Vital statistics of India. Vol. IV, Annual returns from 1871 to 1876. British Army of India, Native Army and jails of Bengal
Year: 1871
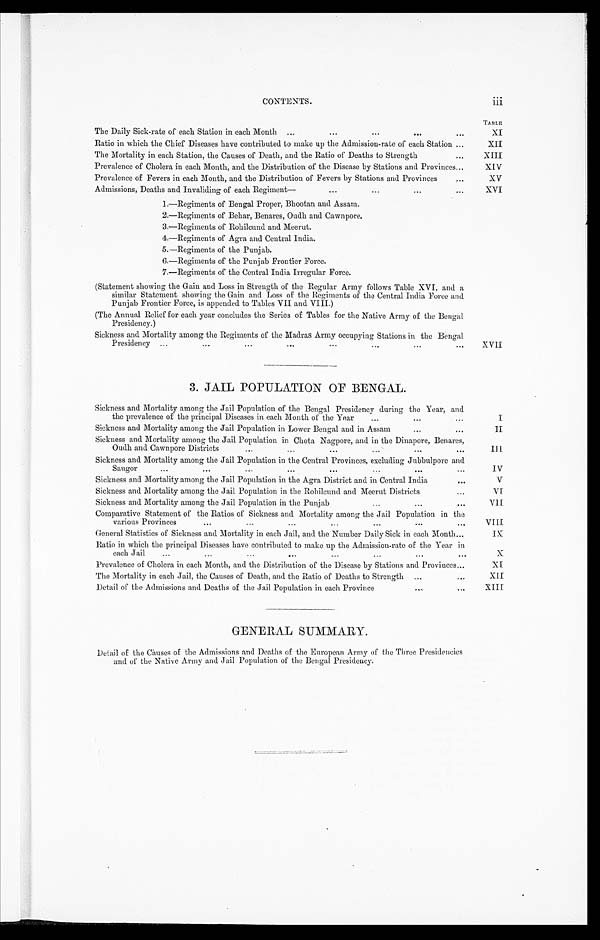
CONTENTS.
iii
TABU
The Daily Sick-rate of each Station in each Month ...
...
...
...
...
XI
Ratio in which the Chief Diseases have contributed to make up the Admission-rate of each Station ...
XII
The Mortality in each Station, the Causes of Death, and the Ratio of Deaths to Strength
...
XIII
Prevalence of Cholera in each Month, and the Distribution of the Disease by Stations and Provinces...
XIV
Prevalence of Fevers in each Month, and the Distribution of Fevers by Stations and Provinces
X V
Admissions, Deaths and Invaliding of each Regiment—
...
...
...
.
..
XVI
1.—Regiments of Bengal Proper, Bhootan and Assam.
2.—Regiments of Behar, Benares, Oudh and Cawnpore
3.—Regiments of Rohilcund and Meerut.
4.—Regiments of Agra and Central India,.
5.—Regiments of the Punjab.
6.—Regiments of the Punjab Frontier Force.
7.—Regiments of the Central India Irregular Force.
(Statement showing the Gain and Loss in Strength of the Regular Army follows Table XVI, and a
similar Statement showing the Gain and Loss of the Regiments of the Central India Force and
Punjab Frontier Force, is appended to Tables VII and VIII.)
(The Annual Relief for each year concludes the Series of Tables for the Native Army of the Bengal
Presidency.)
Sickness and Mortality among the Regiments of the Madras Army occupying Stations in the Bengal
Presidency ...
...
...
...
...
...
. . .
. . .
XVII
3. JAIL POPULATION OF BENGAL.
Sickness and Mortality among the Jail Population of the Bengal Presidency during the Year, and
the prevalence of the principal Diseases in each Month of the Year
...
...
. . .
I
Sickness and Mortality among the Jail Population in Lower Bengal and in Assam
...
...
II
Sickness and Mortality among the Jail Population in Chota Nagpore, and in the Dinapore, Benares,
Oudh and Cawnpore Districts
. . .
...
. . .
...
. . .
. . .
I I I
Sickness and. Mortality among the Jail Population in the Central Provinces, excluding Jubbulpore and
Saugor
...
...
...
...
. . .
. . .
IV
Sickness and Mortality among the Jail Population in the Agra District and in Central India
. . .
V
Sickness and Mortality among the Jail Population in the Rohilcund and Meerut Districts
...
VI
Sickness and Mortality among the Jail Population in the Punjab
...
...
. . .
V I I
Comparative Statement of the Ratios of Sickness and Mortality among the Jail Population in the
various Provinces
...
...
...
. . .
. . .
. . .
. . .
VI I I
General Statistics of Sickness and Mortality in each Jail, and the Number Daily Sick in each Month...
IX
Ratio in which the principal Diseases hav e contributed to make up the Admission-rate of the Year in
each Jail
...
...
...
...
. . .
. . .
. . .
. . .
X
Prevalence of Cholera in each Month, and the Distribution of the Disease by Stations and Provinces...
XI
The Mortality in each .Jail, the Causes of Death, and the Ratio of Deaths to Strength ...
...
XII
Detail or the Admissions and Deaths of the Jail Population in each Province
... . . .
XIII
GENERAL SUMMARY.
Detail of the Causes of the Admissions and Deaths of the European Army of the Three Presidencies
and of the Native Army and Jail Population of the Bengal Presidency.